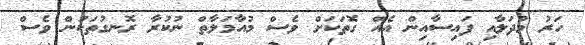
ހަރު މުދަލާއި ފައިސާއިން އެއް ގޮތަކަށް ވެސް މުއާމަލާތް ނުކުރާ ރޮނގުތަކުން ވެސް